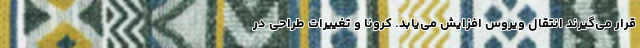
قرار می‌گیرند انتقال ویروس افزایش می‌یابد. کرونا و تغییرات طراحی در